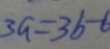
3 a = 3 b - b